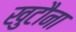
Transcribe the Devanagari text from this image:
खुटौना